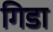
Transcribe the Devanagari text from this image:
गिडा